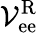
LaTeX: \mathcal{V}_{\mathrm{ee}}^{\mathrm{R}}